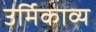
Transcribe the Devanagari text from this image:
उर्मिकाव्य